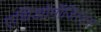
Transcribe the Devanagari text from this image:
एथिओमॉजिस्ट्स